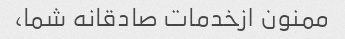
ممنون ازخدمات صادقانه شما،